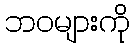
ဘဝများကို